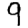
Digit: 9